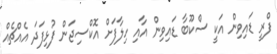
ފްރީ ޑައިވިން އަކީ ސްކޫބާ ޑައިވިން އާއި ހިލާފަށް އޮކްސިޖަން ފުޅިފަދަ އެއްޗެއް